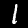
Digit: 1